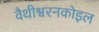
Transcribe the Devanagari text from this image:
वैथीश्वरनकोइल